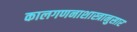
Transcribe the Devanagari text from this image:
कालगणनाशास्त्रानुसार